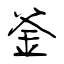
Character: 釜